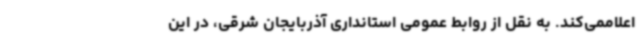
اعلاممی‌کند. به نقل از روابط عمومی استانداری آذربایجان شرقی، در این